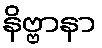
နိဗ္ဗာနာ